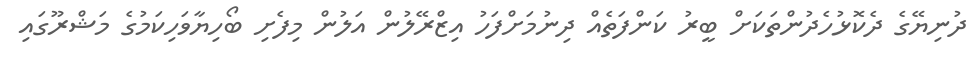
ދުނިޔޭގެ ދެކޮޅުހެދުންތަކަށް ބީރު ކަންފަތެއް ދިނުމަށްފަހު އިޒްރޭލުން އަލުން މިފެށި ބޯހިޔާވަހިކަމުގެ މަޝްރޫގައި